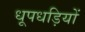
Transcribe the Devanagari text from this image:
धूपधड़ियों